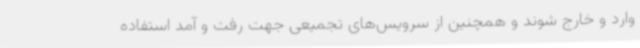
وارد و خارج شوند و همچنین از سرویس‌های تجمیعی جهت رفت و آمد استفاده